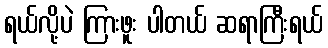
ရယ်လို့ပဲ ကြားဖူး ပါတယ် ဆရာကြီးရယ်